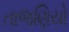
તાજણિયો